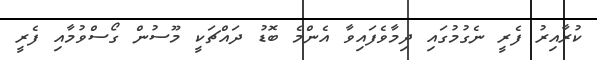
ކުރާއިރު ފެރީ ނެގުމުގައި ދިމާވެފައިވާ އެންމެ ބޮޑު ދައްޗަކީ މޫސުން ގޯސްވުމާއި ފެރީ